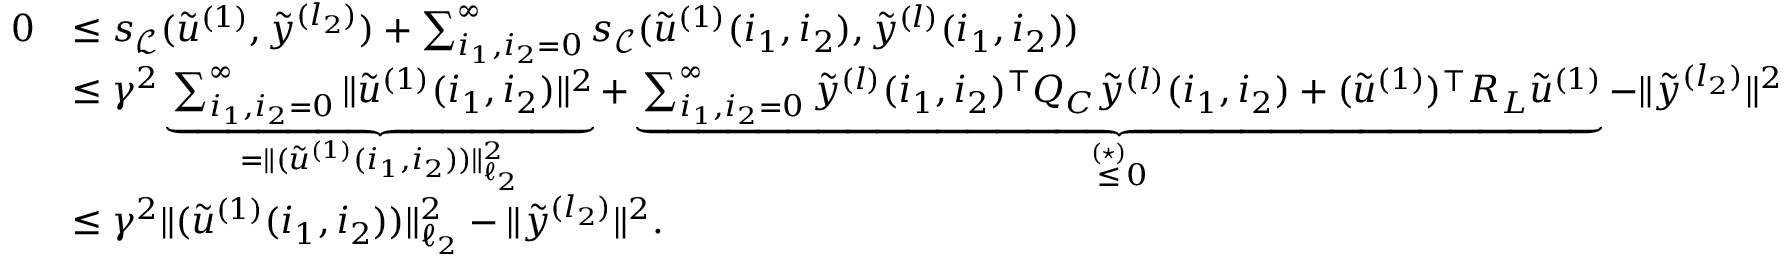
\begin{array} { r l } { 0 } & { \leq s _ { \mathcal { L } } ( \tilde { u } ^ { ( 1 ) } , \tilde { y } ^ { ( l _ { 2 } ) } ) + \sum _ { i _ { 1 } , i _ { 2 } = 0 } ^ { \infty } s _ { \mathcal { C } } ( \tilde { u } ^ { ( 1 ) } ( i _ { 1 } , i _ { 2 } ) , \tilde { y } ^ { ( l ) } ( i _ { 1 } , i _ { 2 } ) ) } \\ & { \leq \gamma ^ { 2 } \underbrace { \sum _ { i _ { 1 } , i _ { 2 } = 0 } ^ { \infty } \| \tilde { u } ^ { ( 1 ) } ( i _ { 1 } , i _ { 2 } ) \| ^ { 2 } } _ { = \| ( \tilde { u } ^ { ( 1 ) } ( i _ { 1 } , i _ { 2 } ) ) \| _ { \ell _ { 2 } } ^ { 2 } } + \underbrace { \sum _ { i _ { 1 } , i _ { 2 } = 0 } ^ { \infty } \tilde { y } ^ { ( l ) } ( i _ { 1 } , i _ { 2 } ) ^ { \top } \boldsymbol { Q } _ { C } \tilde { y } ^ { ( l ) } ( i _ { 1 } , i _ { 2 } ) + ( \tilde { u } ^ { ( 1 ) } ) ^ { \top } \boldsymbol { R } _ { L } \tilde { u } ^ { ( 1 ) } } _ { \overset { ( \star ) } { \leq } 0 } - \| \tilde { y } ^ { ( l _ { 2 } ) } \| ^ { 2 } } \\ & { \leq \gamma ^ { 2 } \| ( \tilde { u } ^ { ( 1 ) } ( i _ { 1 } , i _ { 2 } ) ) \| _ { \ell _ { 2 } } ^ { 2 } - \| \tilde { y } ^ { ( l _ { 2 } ) } \| ^ { 2 } . } \end{array}